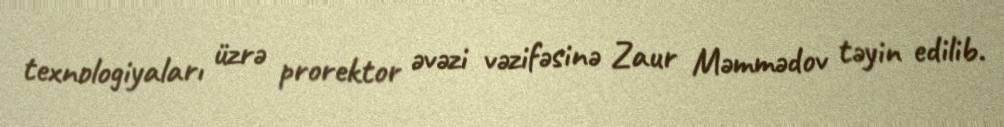
texnologiyaları üzrə prorektor əvəzi vəzifəsinə Zaur Məmmədov təyin edilib.